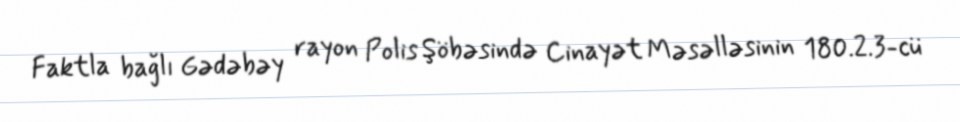
Faktla bağlı Gədəbəy rayon Polis Şöbəsində Cinayət Məsəlləsinin 180.2.3-cü